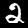
Digit: 2